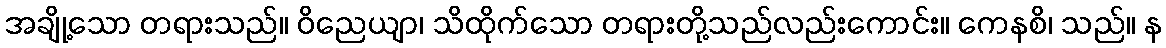
အချို့သော တရားသည်။ ဝိညေယျာ၊ သိထိုက်သော တရားတို့သည်လည်းကောင်း။ ကေနစိ၊ သည်။ န